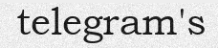
telegram's